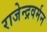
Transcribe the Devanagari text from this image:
राजेन्द्रवर्मन